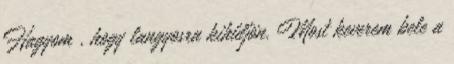
Hagyom , hogy langyosra kihűljön. Most keverem bele a